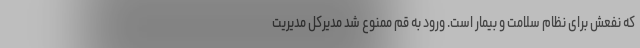
که نفعش برای نظام سلامت و بیمار است. ورود به قم ممنوع شد مدیرکل مدیریت